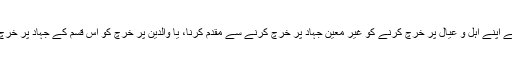
دوسری کی مثال، جیسے اپنے اہل و عیال پر خرچ کرنے کو غیر معین جہاد پر خرچ کرنے سے مقدم کرنا، یا والدین پر خرچ کو اس قسم کے جہاد پر خرچ کرنے سے مقدم کرنا۔